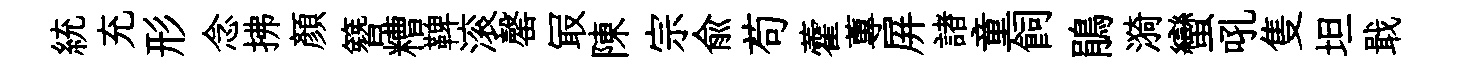
統充形念拂顔簪糟鞞滚罄冣陳宗兪苟藿蓴屏諸童飼鵑漪蠻吼隻坦戢